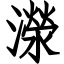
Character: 濴